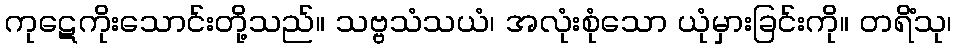
ကုဋေကိုးသောင်းတို့သည်။ သဗ္ဗသံသယံ၊ အလုံးစုံသော ယုံမှားခြင်းကို။ တရိံသု၊